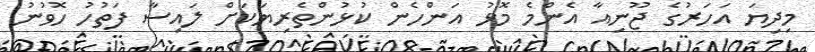
މިދިޔަ އަހަރުގެ ޖޫނިއާ އެންމެ މޮޅު އަންހެން ކުޅުންތެރިޔަކަށް ލައިސާ ފަތުހު ހޮވުނު